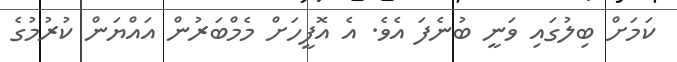
ކަމަށް ބިލުގައި ވަނީ ބުނެފަ އެވެ. އެ އޮފީހަށް މެމްބަރުން އައްޔަން ކުރުމުގެ